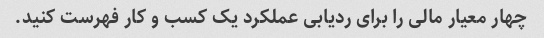
چهار معیار مالی را برای ردیابی عملکرد یک کسب و کار فهرست کنید.